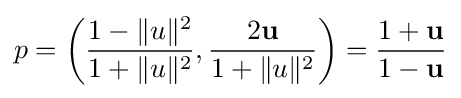
p=\left({\frac {1-\|u\|^{2}}{1+\|u\|^{2}}},{\frac {2\mathbf {u} }{1+\|u\|^{2}}}\right)={\frac {1+\mathbf {u} }{1-\mathbf {u} }}